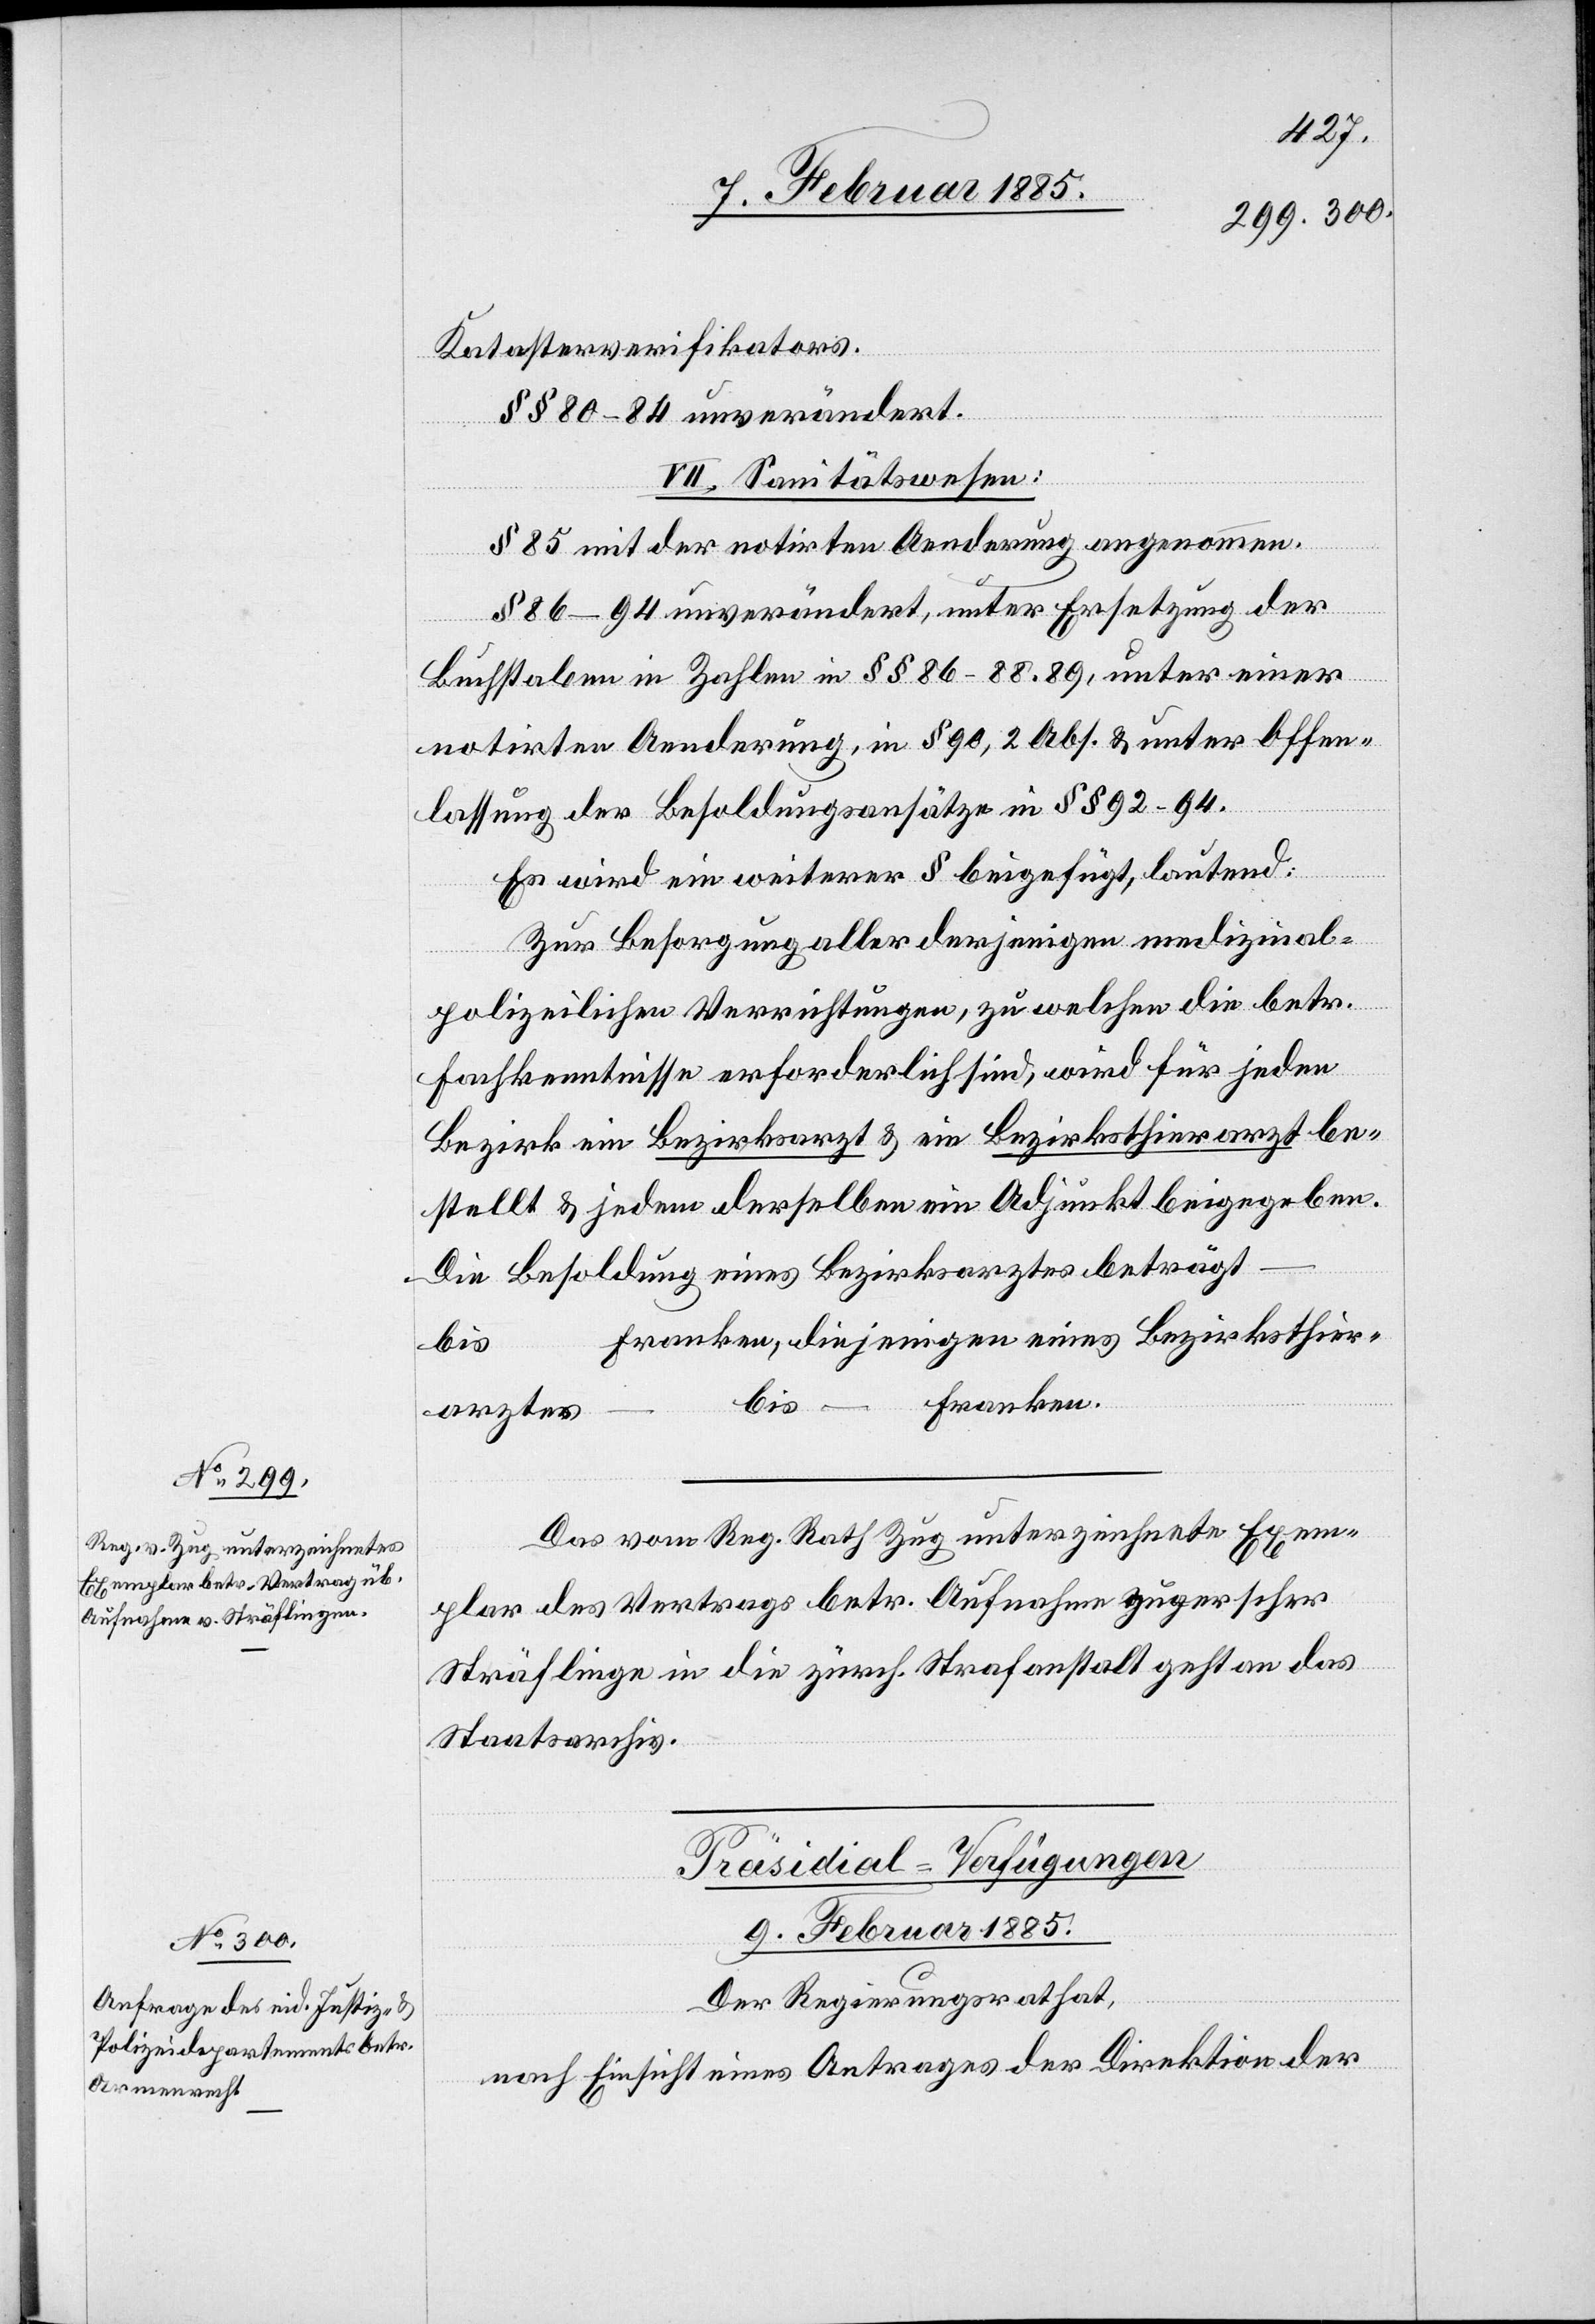
Katasterverifikators.
§§ 80–84 unverändert.
VII. Sanitätswesen:
§ 85 mit der notirten Aenderung angenommen.
§ 86–94 unverändert, unter Ersetzung der
Buchstaben in Zahlen in §§ 86–88, 89, unter einer
notirten Aenderung, in § 90, 2 Abs. & unter Offen¬
lassung der Besoldungsansätze in §§ 92–94.
Es wird ein weiterer § beigefügt, lautend:
Zur Besorgung aller derjenigen medizinal¬
polizeilichen Verrichtungen, zu welchen die betr.
Fachkenntnisse erforderlich sind, wird für jeden
Bezirk ein Bezirksarzt & ein Bezirksthierarzt be¬
stellt & jedem derselben ein Adjunkt beigegeben.
Die Besoldung eines Bezirksarztes beträgt
Franken, diejenigen eines Bezirksthier¬
bis
[…]
Franken.
arztes
Das vom Reg. Rath Zug unterzeichnete Exem¬
plar des Vertrags betr. Aufnahme zugerscher
Sträflinge in die zürch. Strafanstalt geht an das
Staatsarchiv.
Präsidial-Verfügungen
9. Februar 1885.
Der Regierungsrath hat,
nach Einsicht eines Antrages der Direktion der